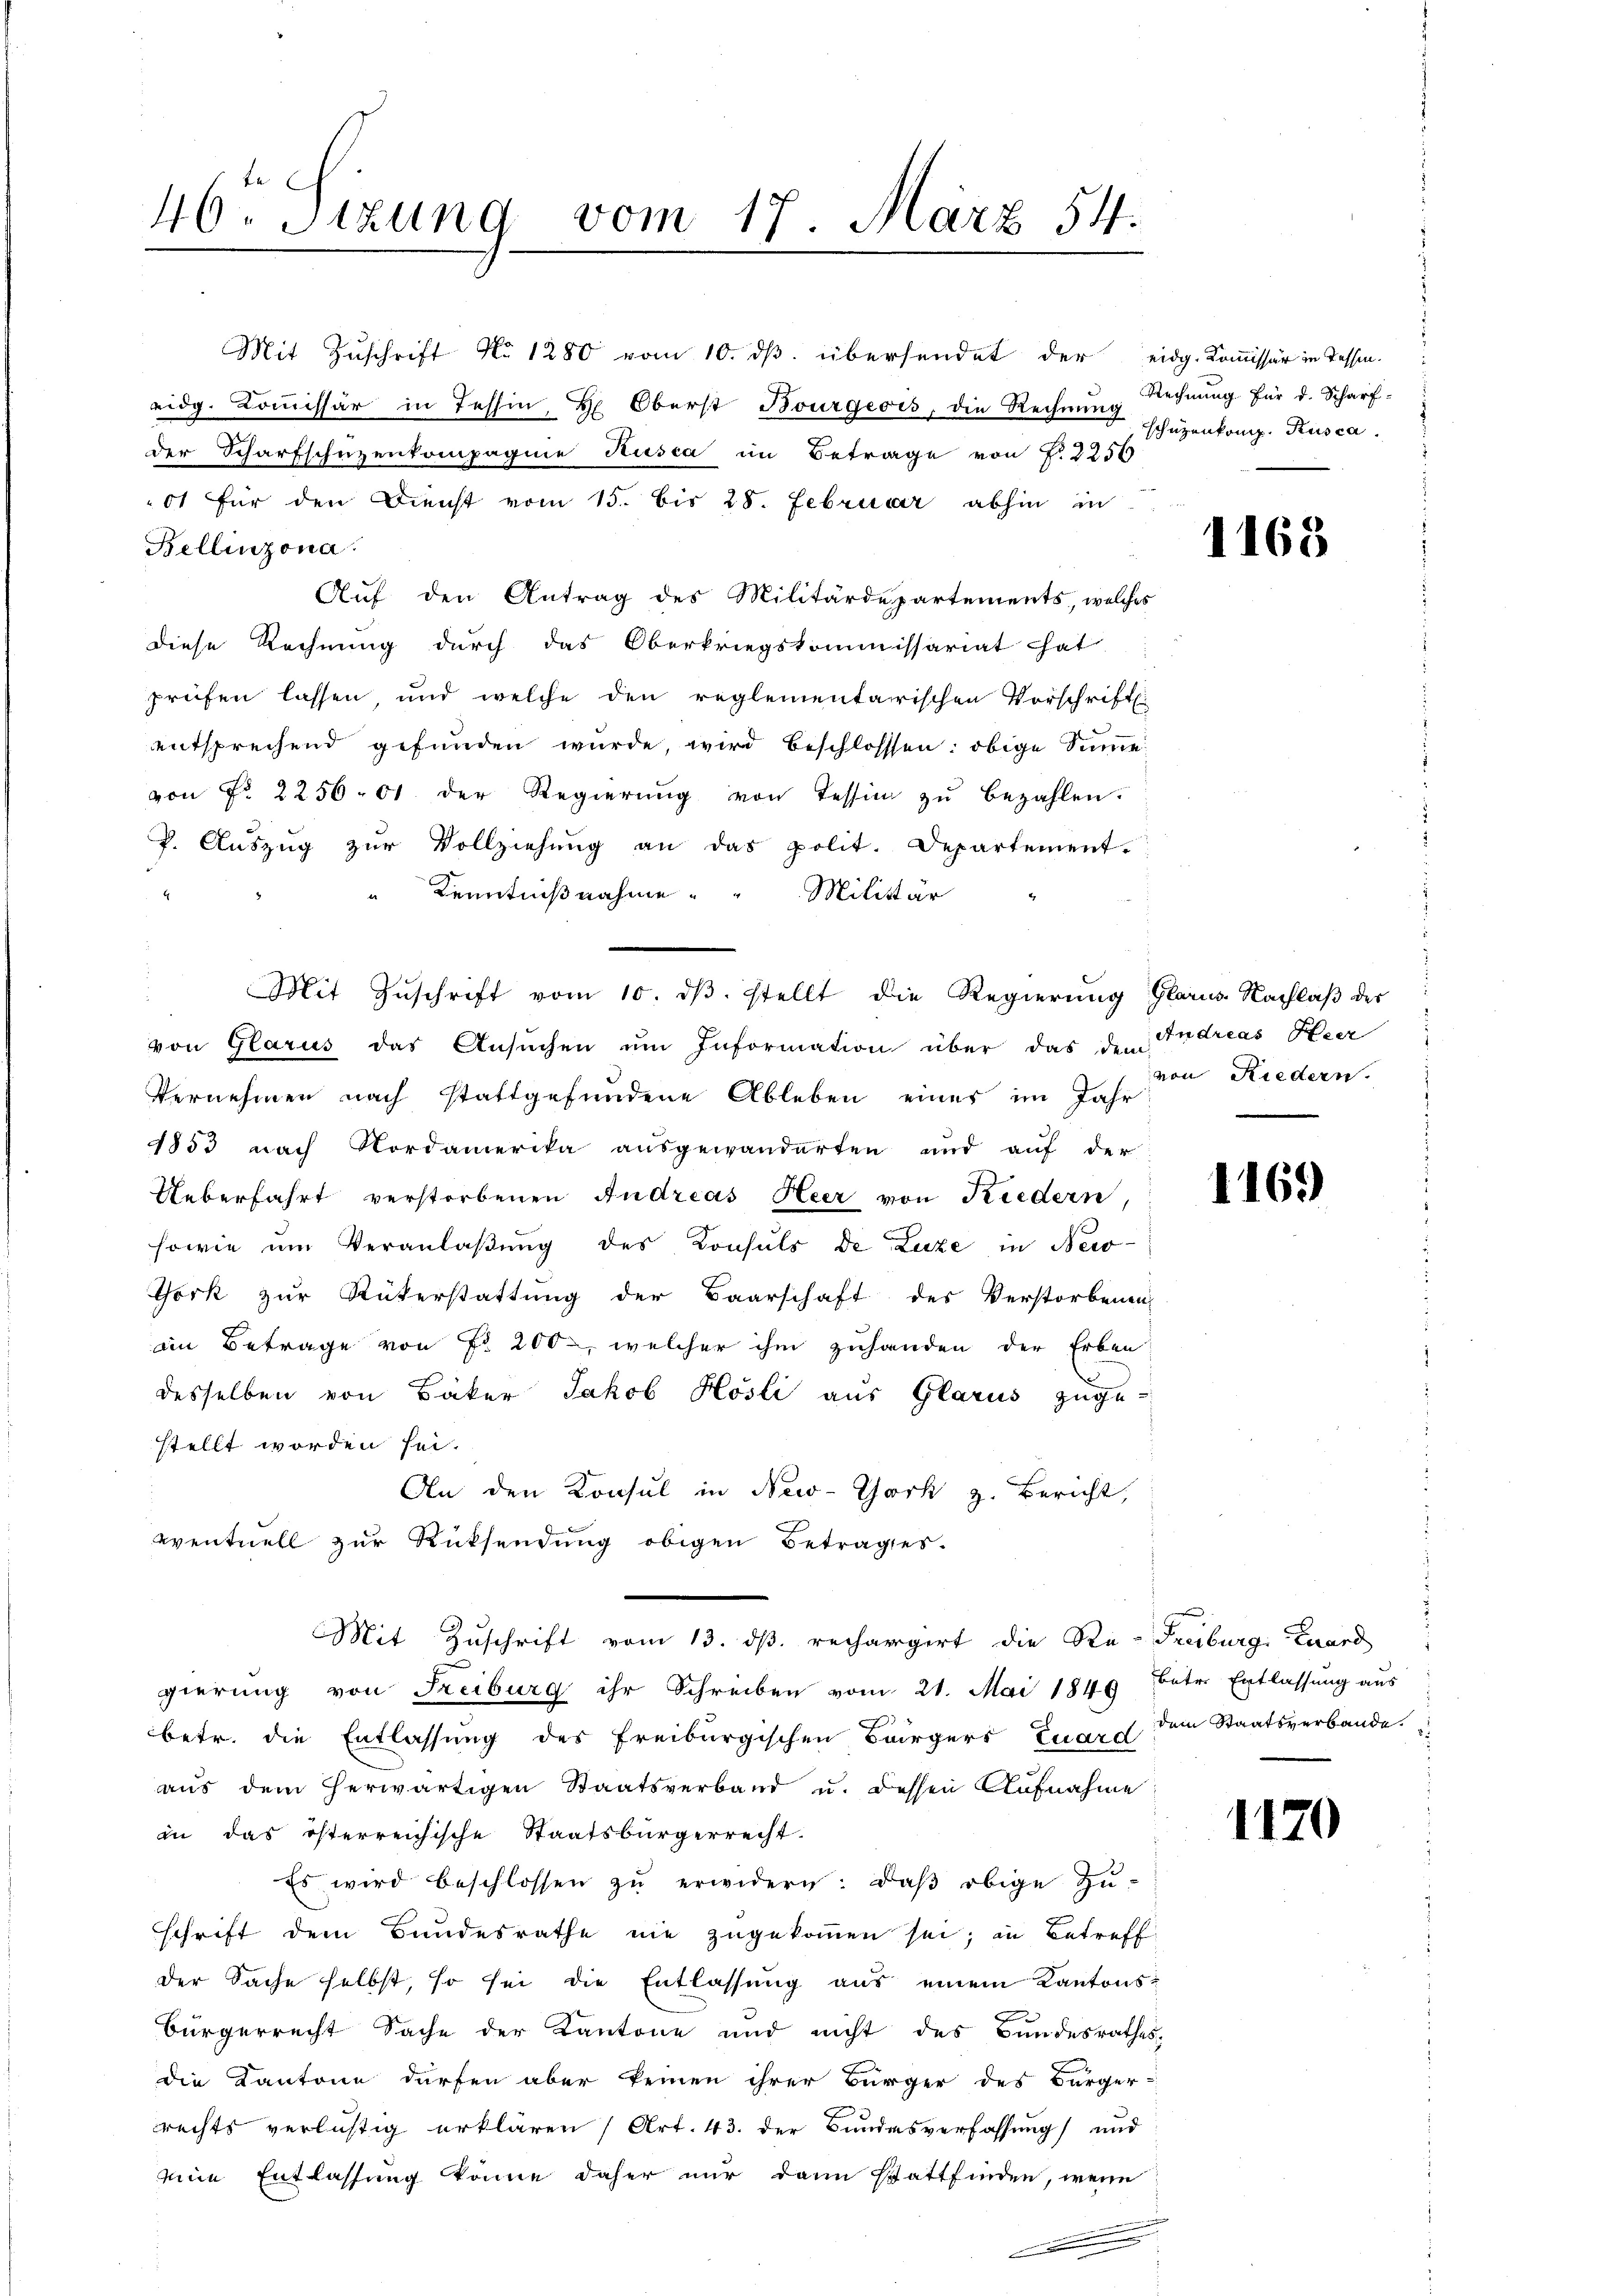
46. Stzung vom 17. März 54.

Mit Zuschrift No 1280 vom 10. dβ übersendet der eidg. Kommissär in Tessin.
eidg. Kommissär in Tessin, Hr. Oberst Bourgeois, die Rechnung Rechnung für d. Scharf-
der Scharfschüzenkompagnie Rusca im Betrage von Fr. 2256
ot für den Dienst vom 15. bis 28. Februar abhin in
Bellinzona.
Auf den Antrag des Militärdepartements, welches
diese Rechnung durch das Oberkriegskommissariat hat
prüfen lassen, und welche den reglementarischen Vorschriftl.
entsprechend gefunden würde, wird beschlossen: obige Summe
von Nr. 225601 der Regierŭng von Tessin zŭ bezahlen.
P. Aŭszŭg zŭr Vollziehŭng an das polit. Departement.
Kenntnißnahme Militär
Mit Zŭschrift vom 10. dβ. stellt die Regierung Glarus Nachlaβ der
von Glarus das Ansuchen um Information über das den Andreas Heer
Vernehmen nach stattgefundene Ableben eines im Jahr
1853 nach Nordamerika ausgewanderten und auf der
Ueberfahrt verstorbenen Andreas Heer von Kiedern,
sowie um Veranlaßung des Konsuls de Luze in Neco-
Tork zur Rükerstattung der Baarschaft des Verstorbenen
in Betrage von Fr. 200, welcher ihm zuhanden der Erben
desselben von Bäker Jakob Hösli aus Glarus zuge-
stellt worden sei.
An den Konsul in New-York z. Bericht,
eventuell zur Rücksendung obigen Betrages.
Mit Zuschrift vom 13. dβ. rechargirt die Re-Freiburg, Zward
gierung von Freiburg ihr Schreiben vom 21. Mai 1849 betr. Entlassŭng aŭs
betr. die Entlassung des Freiburgischen Bürgers Euard dem Staatsverbande
aus dem herwärtigen Staatsverband u. dessen Aufnahme
in das österreichische Staatsbürgerrecht.
Es wird beschlossen zŭ erwidern: daß obige Zu-
schrift dem Bundesrathe nie zugekommen sei; in Betreff
der Sache selbst, so sei die Entlassung aus einem Kantons¬
Bürgerrecht Sache der Kantone und nicht des Bundesrathes
die Kantone dürfen aber keinen ihrer Bürger des Bürger-
rechts verlistig erklären (Art. 43. der Bundesverfassung und
eine Entlassung könne daher nur dann stattfinden, wenn
.

schützenkomp. Kusca.

1163

von Riedern.

1169

1170